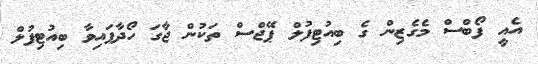
އެއީ ފޯބްސް މެގެޒިން ގެ ބިއުޓިފުލް ޕޭޖްސް ތަކުން ޖާގަ ހޯދާފައިވާ ބިއުޓިފުލް